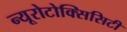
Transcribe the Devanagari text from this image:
न्यूरोटोक्सिसिटी